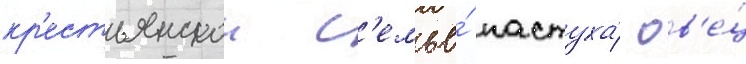
кр'естьянскои с'емье́ пастуха́ ов'е́ц